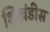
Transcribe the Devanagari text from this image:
शिखंडीस